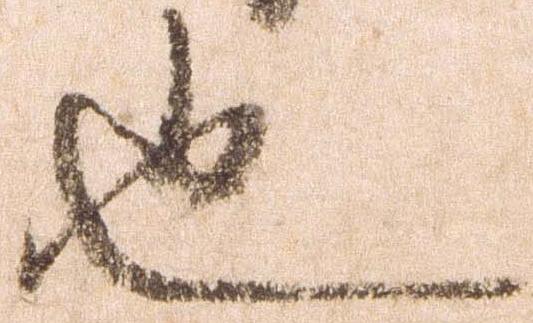
也